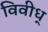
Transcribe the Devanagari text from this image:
विवीध्